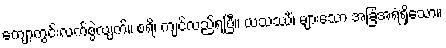
ကျော့ကွင်းလက်စွဲလျက်။ စရိ၊ ကျင်လည်ရပြီ။ ယသဿိံ၊ များသော အခြံအရံရှိသော။